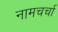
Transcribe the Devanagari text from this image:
नामचर्चा